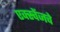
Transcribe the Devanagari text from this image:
एक्स्चेंजचे